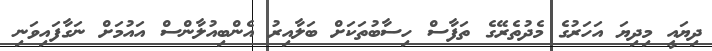
ދިޔައީ މިދިޔަ އަހަރުގެ މެދުތެރޭގެ ތަފާސް ހިސާބުތަކަށް ބަލާއިރު އެންބިއުލާންސް އައުމަށް ނަގާފައިވަނި